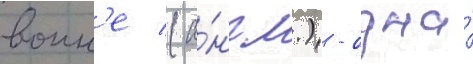
воин'е (а́нгл.) - одна́